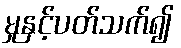
မှုနှင့်ပတ်သက်၍